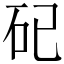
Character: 𥐦